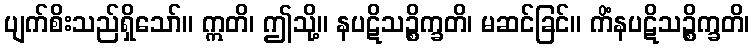
ပျက်စိးသည်ရှိသော်။ ဣတိ၊ ဤသို့။ နပဋိသဉ္စိက္ခတိ၊ မဆင်ခြင်။ ကိံနပဋိသဉ္စိက္ခတိ၊